Indian journal of veterinary science and animal husbandry - Volume 6,
Year: 1936
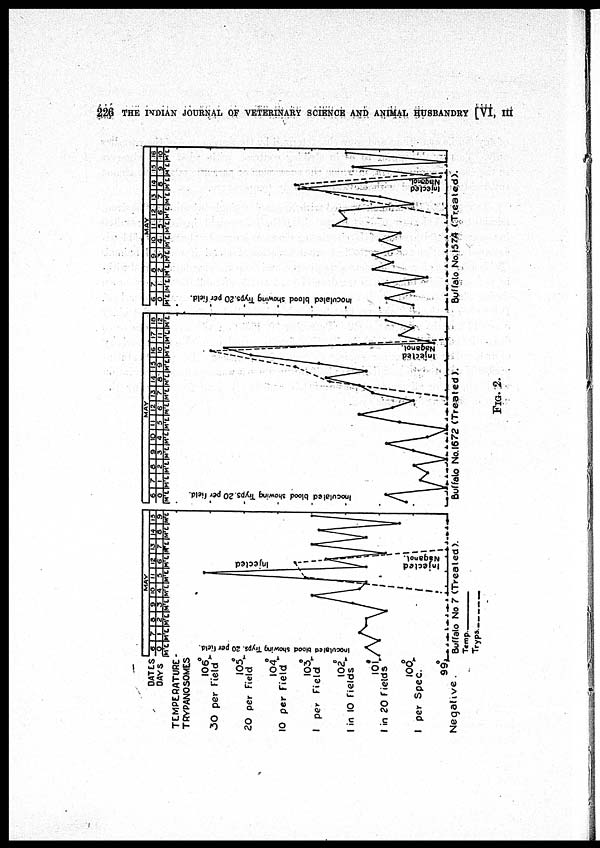
226 THE INDIAN JOURNAL OF VETERINARY SCIENCE AND ANIMAL HUSBANDRY [VI, III
FIG. 2.